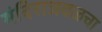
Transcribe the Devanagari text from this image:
मंदिराजवळचा